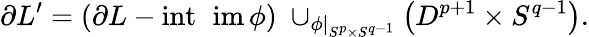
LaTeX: \partial L^{\prime}=(\partial L-\operatorname{int~im}\phi)\; \cup_{\phi|_{S^{p}\times S^{q-1}}}\left(D^{p+1}\times S^{q-1}\right).